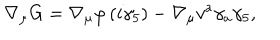
\nabla _ { \mu } G = \nabla _ { \mu } \varphi \left( i \gamma _ { 5 } \right) - \nabla _ { \mu } v ^ { a } \gamma _ { a } \gamma _ { 5 } ,